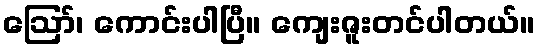
ဪ၊ ကောင်းပါပြီ။ ကျေးဇူးတင်ပါတယ်။